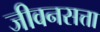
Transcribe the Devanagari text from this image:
जीवनसत्ता